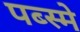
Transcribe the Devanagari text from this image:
पब्स्मे